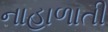
નાહાળાતી